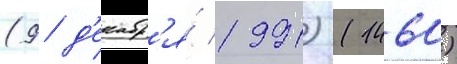
(9 д'екабр'я́ 1991) (1460)